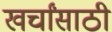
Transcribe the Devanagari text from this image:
खर्चांसाठी